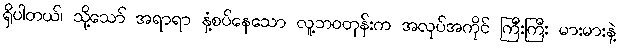
ရှိပါတယ်၊ သို့သော် အရာရာ နှံ့စပ်နေသော လူ့ဘဝတုန်းက အလုပ်အကိုင် ကြီးကြီး မားမားနဲ့